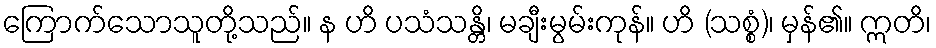
ကြောက်သောသူတို့သည်။ န ဟိ ပသံသန္တိ၊ မချီးမွမ်းကုန်။ ဟိ (သစ္စံ)၊ မှန်၏။ ဣတိ၊